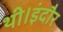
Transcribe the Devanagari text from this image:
थी।इंदौर